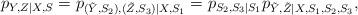
LaTeX: \begin{align*} p_{Y,Z|X,S}=p_{(\tilde{Y},S_2),(\tilde{Z},S_3)|X,S_1}=p_{S_2,S_3|S_1}p_{\tilde{Y},\tilde{Z}|X,S_1,S_2,S_3},\end{align*}